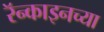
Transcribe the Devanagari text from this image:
रॅन्काइनच्या